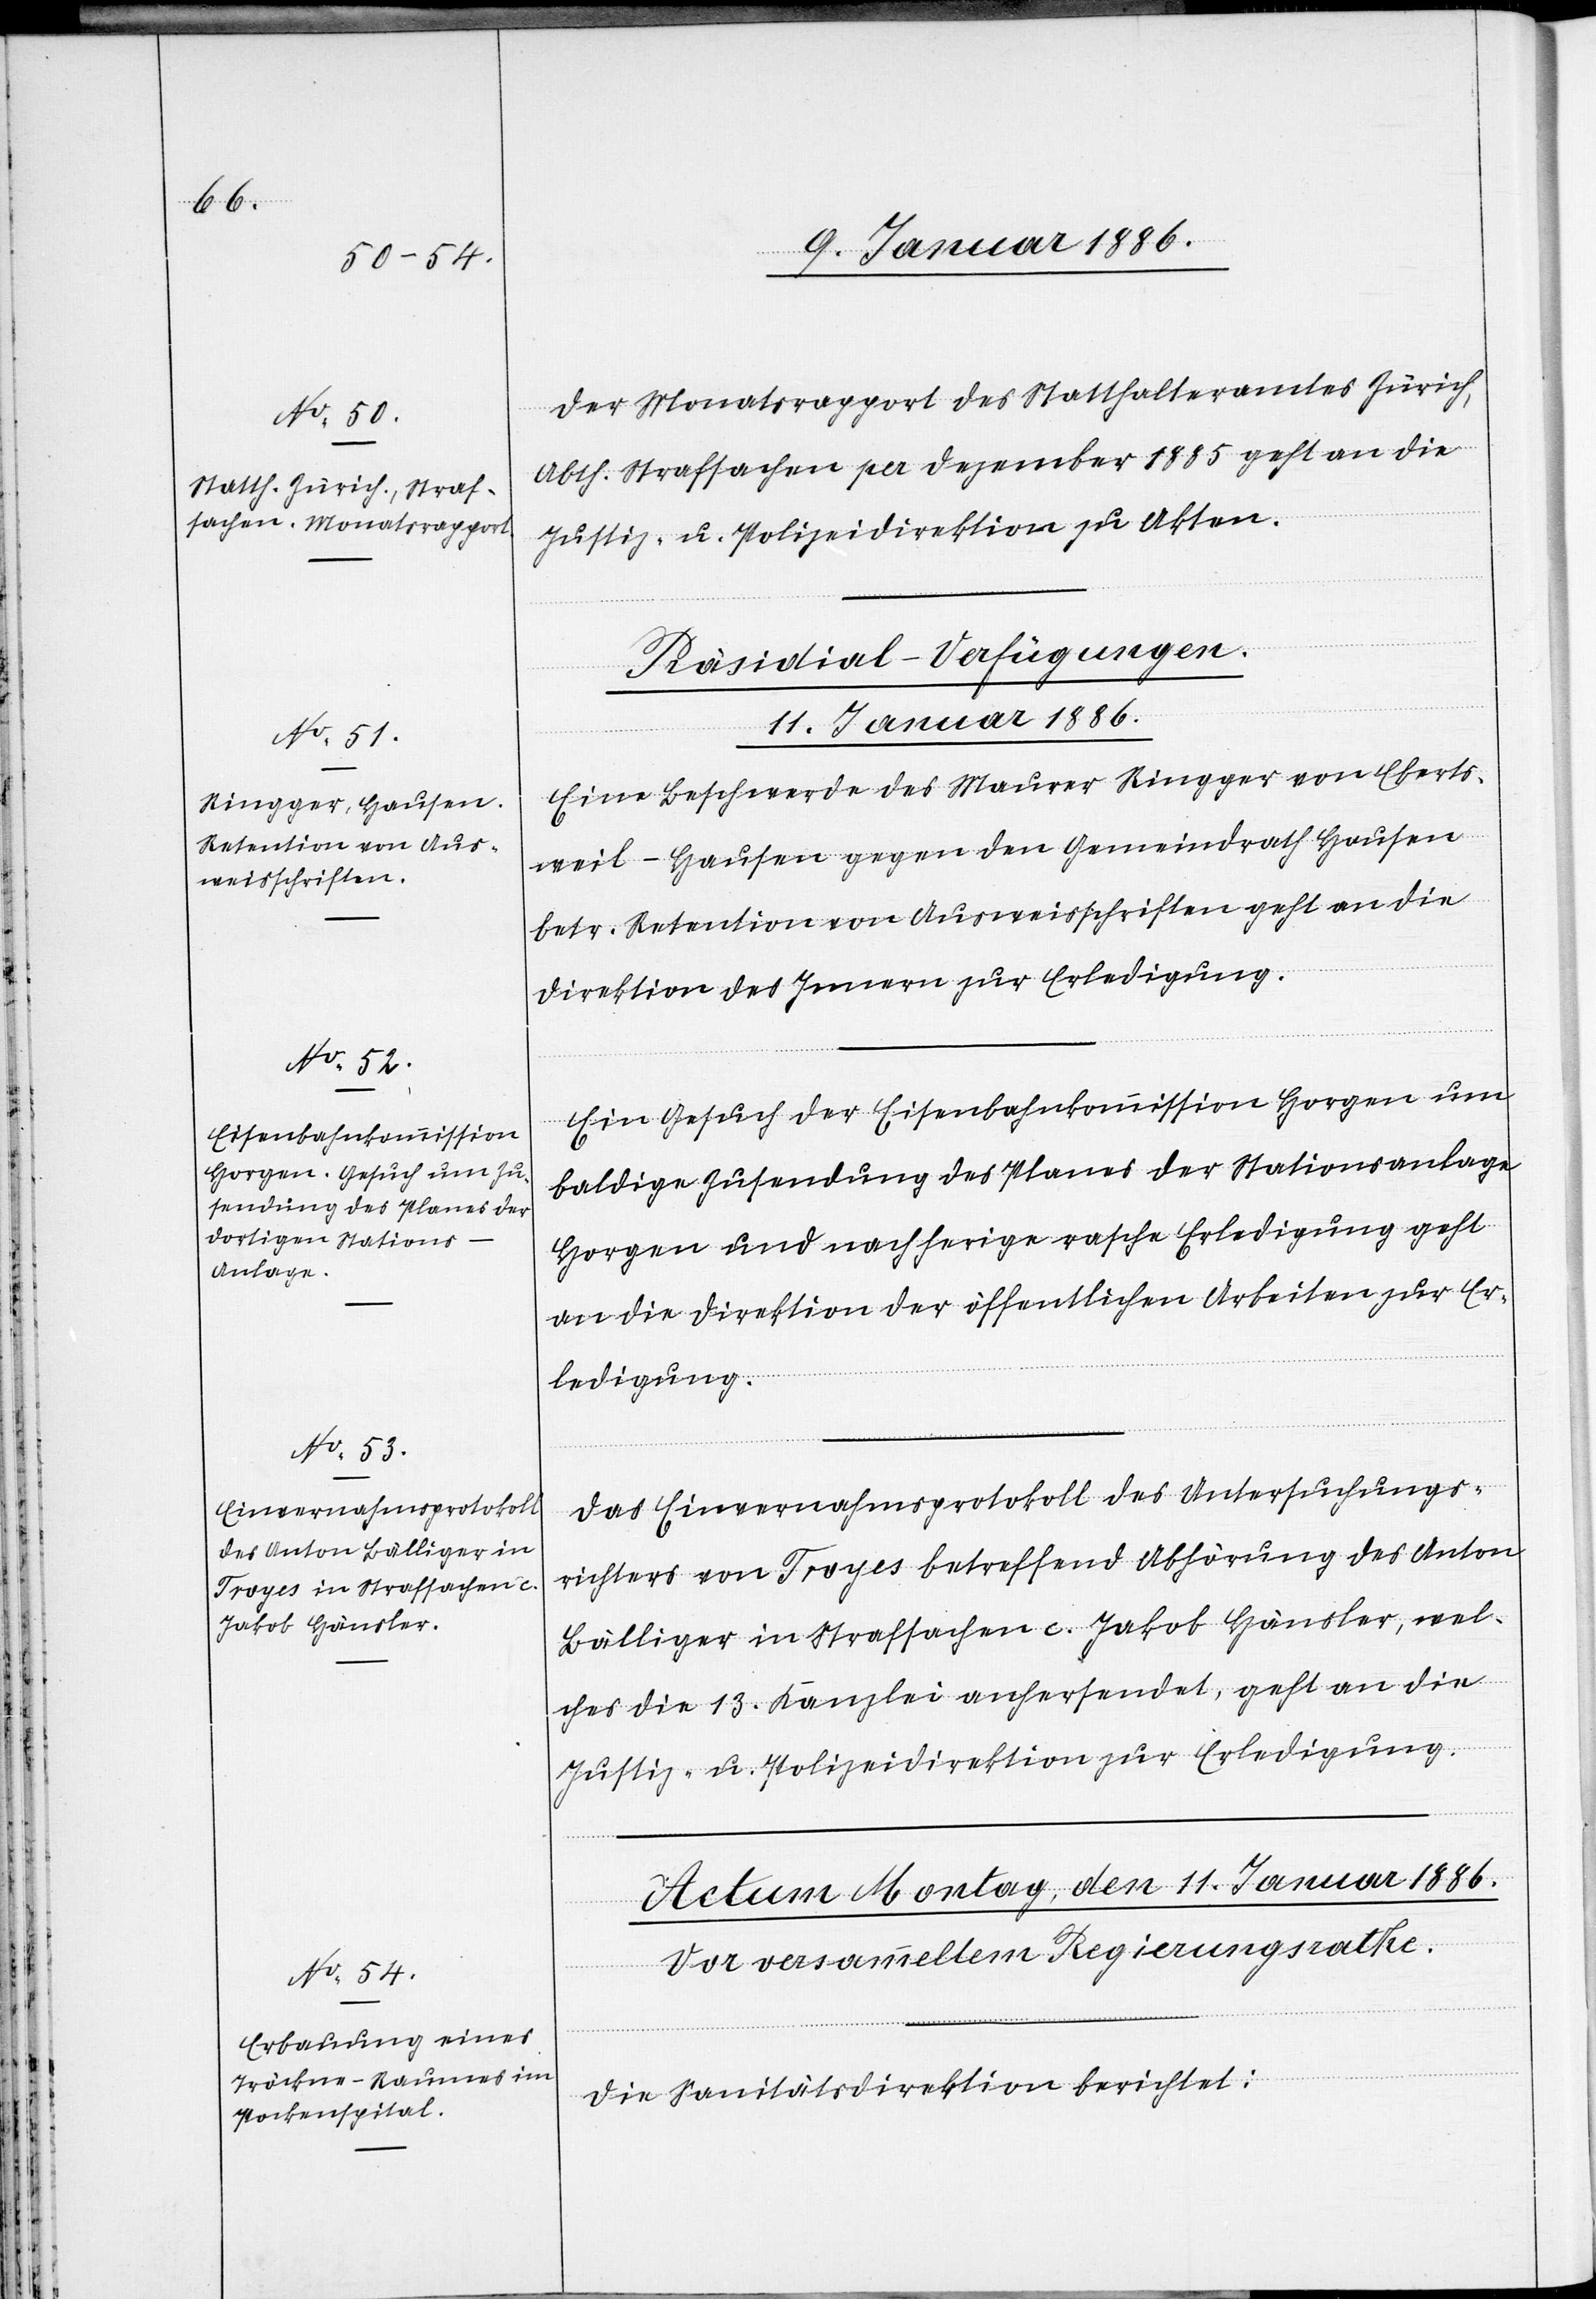
Der Monatsrapport des Statthalteramtes Zürich,
Abth. Strafsachen per Dezember 1885 geht an die
Justiz- u. Polizeidirektion zu Akten.
[Präsidial-Verfügungen.
11. Januar 1886.]
Eine Beschwerde des Maurer Ringger von Eberts¬
weil - Hausen gegen den Gemeindrath Hausen
betr. Retention von Ausweisschriften geht an die
Direktion des Innern zur Erledigung.
Ein Gesuch der Eisenbahnkommission Horgen um
baldige Zusendung des Planes der Stationsanlage
Horgen und nachherige rasche Erledigung geht
an die Direktion der öffentlichen Arbeiten zur Er¬
ledigung.
Das Einvernahmsprotokoll des Untersuchungs¬
richters von Troyes betreffend Abhörung des Anton
Bällinger in Strafsachen c. Jakob Hänsler, wel¬
ches die 13. Kanzlei anhersendet, geht an die
Justiz- u. Polizeidirektion zur Erledigung.
Die Sanitätsdirektion berichtet: